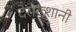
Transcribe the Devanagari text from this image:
देराख्शानी